Annual report on the Civil Veterinary Department, Burma (including the Insein Veterinary School) - 1923-1931
Year: 1923
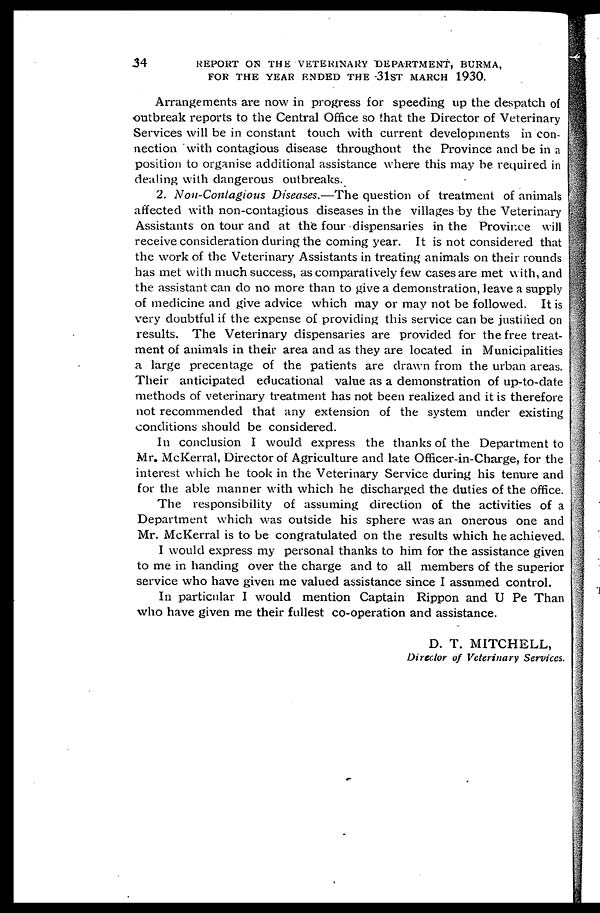
34
REPORT ON THE VETERINARY DEPARTMENT, BURMA,
FOR THE YEAR ENDED THE 31ST MARCH 1930.
Arrangements are now in progress for speeding up the despatch of
outbreak reports to the Central Office so that the Director of Veterinary
Services will be in constant touch with current developments in con-
nection with contagious disease throughout the Province and be in a
position to organise additional assistance where this may be required in
dealing with dangerous outbreaks.
2. Non-Contagious Diseases.—The question of treatment of animals
affected with non-contagious diseases in the villages by the Veterinary
Assistants on tour and at the four dispensaries in the Province will
receive consideration during the coming year. It is not considered that
the work of the Veterinary Assistants in treating animals on their rounds
has met with much success, as comparatively few cases are met with, and
the assistant can do no more than to give a demonstration, leave a supply
of medicine and give advice which may or may not be followed. It is
very doubtful if the expense of providing this service can be justified on
results. The Veterinary dispensaries are provided for the free treat-
ment of animals in their area and as they are located in Municipalities
a large precentage of the patients are drawn from the urban areas.
Their anticipated educational value as a demonstration of up-to-date
methods of veterinary treatment has not been realized and it is therefore
not recommended that any extension of the system under existing
conditions should be considered.
In conclusion I would express the thanks of the Department to
Mr. McKerral, Director of Agriculture and late Officer-in-Charge, for the
interest which he took in the Veterinary Service during his tenure and
for the able manner with which he discharged the duties of the office.
The responsibility of assuming direction of the activities of a
Department which was outside his sphere was an onerous one and
Mr. McKerral is to be congratulated on the results which he achieved.
I would express my personal thanks to him for the assistance given
to me in handing over the charge and to all members of the superior
service who have given me valued assistance since I assumed control.
In particular I would mention Captain Rippon and U Pe Than
who have given me their fullest co-operation and assistance.
D. T. MITCHELL,
Director of Veterinary Services.